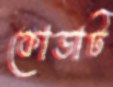
কোডাট